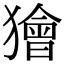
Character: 獪